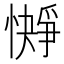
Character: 𪬭